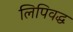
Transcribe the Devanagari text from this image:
लिपिवद्ध